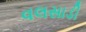
વલસાડી